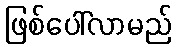
ဖြစ်ပေါ်လာမည်